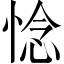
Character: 惗